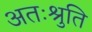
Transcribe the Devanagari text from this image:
अतःश्रुति